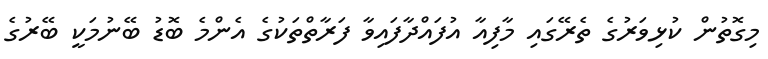
މިގޮތުން ކުޅިވަރުގެ ތެރޭގައި މާފިއާ އުފައްދާފައިވާ ފަރާތްތަކުގެ އެންމެ ބޮޑު ބޭނުމަކީ ބޭރުގެ